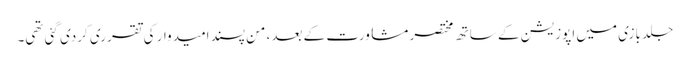
جلد بازی میں اپوزیشن کے ساتھ مختصر مشاورت کے بعد، من پسند امیدوار کی تقرری کردی گئی تھی۔